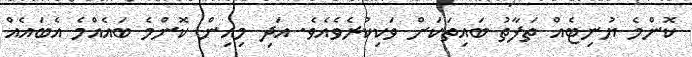
ކޮންމެ ޔުނިޓެއް ތަފާތު ބައިތަކަށް ވަކިކުރެވެއެވެ. އަދި މިއިން ކޮންމެ ބައެއްމެ އެބައެއް